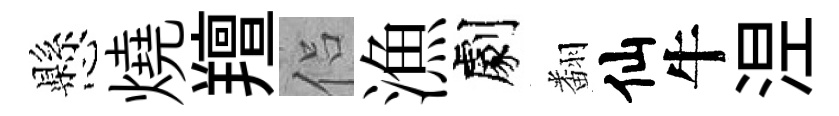
懸燒羶侣漁劇翻仙牛𣵀